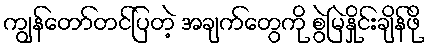
ကျွန်တော်တင်ပြတဲ့ အချက်တွေကို စွဲမြဲနှိုင်းချိန်ဖို